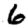
Digit: 6